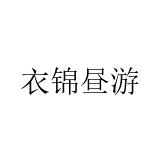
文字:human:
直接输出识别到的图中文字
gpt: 衣锦昼游